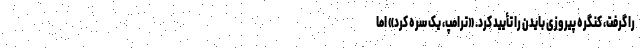
را گرفت، کنگره پیروزی بایدن را تأیید کرد. «ترامپ، یک‌ سره کرد» اما